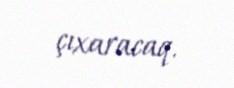
çıxaracaq.